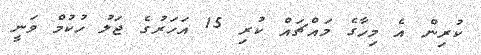
ކުރިން އެ މިހާގެ މައްޗައް ކުރި 15 އަހަރުގެ ޖަލު ހުކުމް ވަނީ